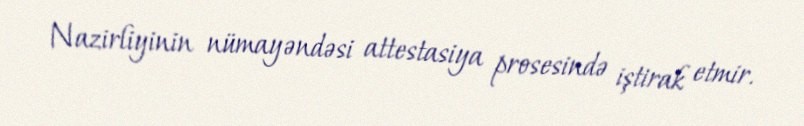
Nazirliyinin nümayəndəsi attestasiya prosesində iştirak etmir.